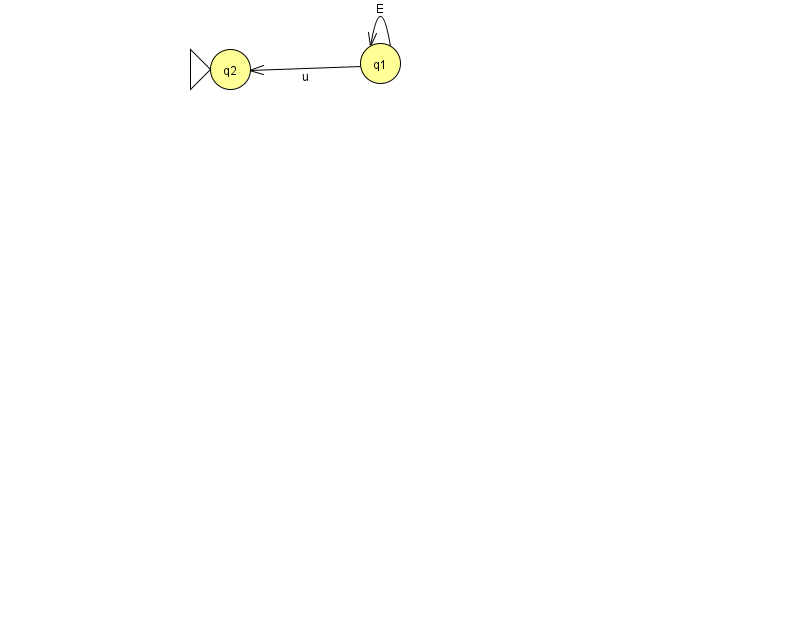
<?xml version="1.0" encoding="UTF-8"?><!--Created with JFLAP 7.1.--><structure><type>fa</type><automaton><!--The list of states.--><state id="1" name="q1"><x>380.0</x><y>50.0</y></state><state id="2" name="q2"><x>230.0</x><y>56.0</y><initial/></state><!--The list of transitions.--><transition><from>1</from><to>2</to><read>u</read></transition><transition><from>1</from><to>1</to><read>E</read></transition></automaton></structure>